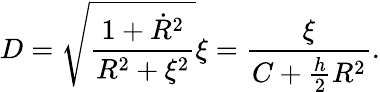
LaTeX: D=\sqrt{\frac{1+\dot{R}^{2}}{R^{2}+\xi^{2}}}\xi=\frac{\xi}{C+\frac{h}{2}R^{2}}.